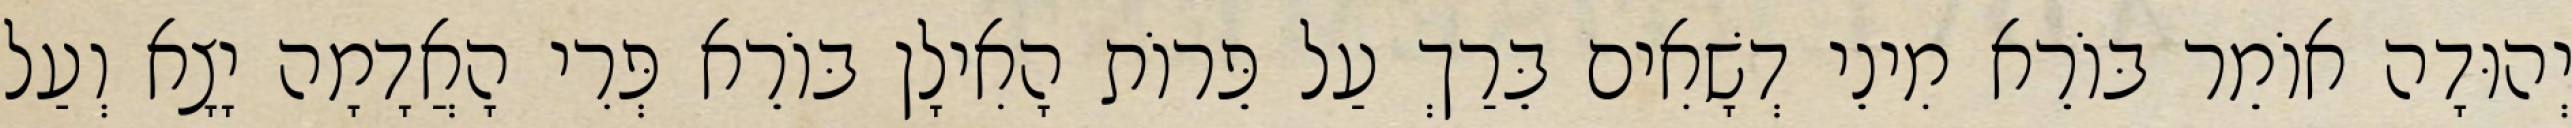
יְהוּדָה אוֹמֵר בּוֹרֵא מִינֵי דְשָׁאִים בֵּרַךְ עַל פֵּרוֹת הָאִילָן בּוֹרֵא פְּרִי הָאֲדָמָה יָצָא וְעַל